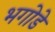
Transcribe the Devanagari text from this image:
भगोडे